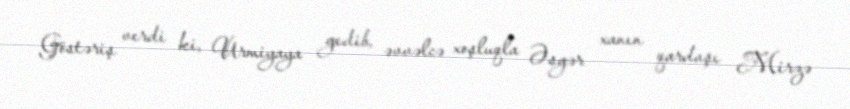
Göstəriş verdi ki, Urmiyaya gedib, əvvəlcə xoşluqla Əsgər xanın qardaşı Mirzə